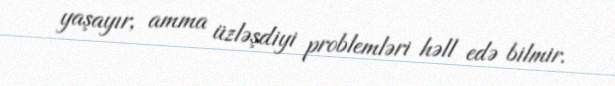
yaşayır, amma üzləşdiyi problemləri həll edə bilmir.